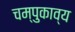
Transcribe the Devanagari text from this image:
चम्पुकाव्य